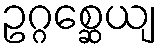
ဥဂ္ဂစ္ဆေယျ